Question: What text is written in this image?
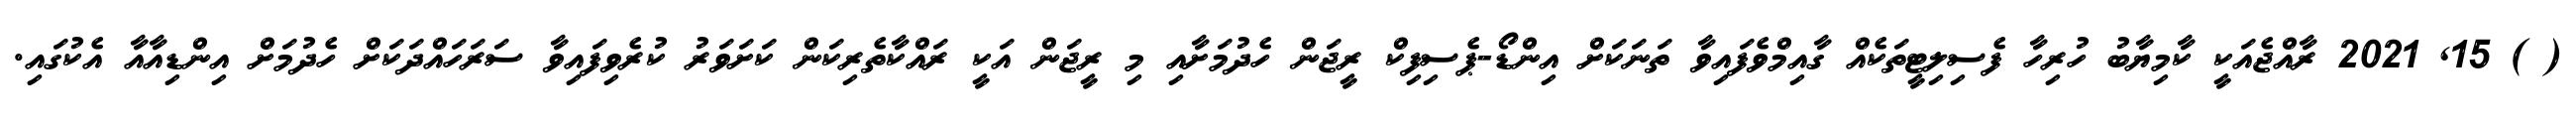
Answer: ( ) 15, 2021 ރާއްޖެއަކީ ކާމިޔާބު ހުރިހާ ފެސިލިޓީތަކެއް ގާއިމްވެފައިވާ ތަނަކަށް އިންޑޯ-ޕެސިފިކް ރީޖަން ހެދުމަށާއި މި ރީޖަން އަކީ ރައްކާތެރިކަން ކަށަވަރު ކުރެވިފައިވާ ސަރަހައްދަކަށް ހެދުމަށް އިންޑިއާއާ އެކުގައި.